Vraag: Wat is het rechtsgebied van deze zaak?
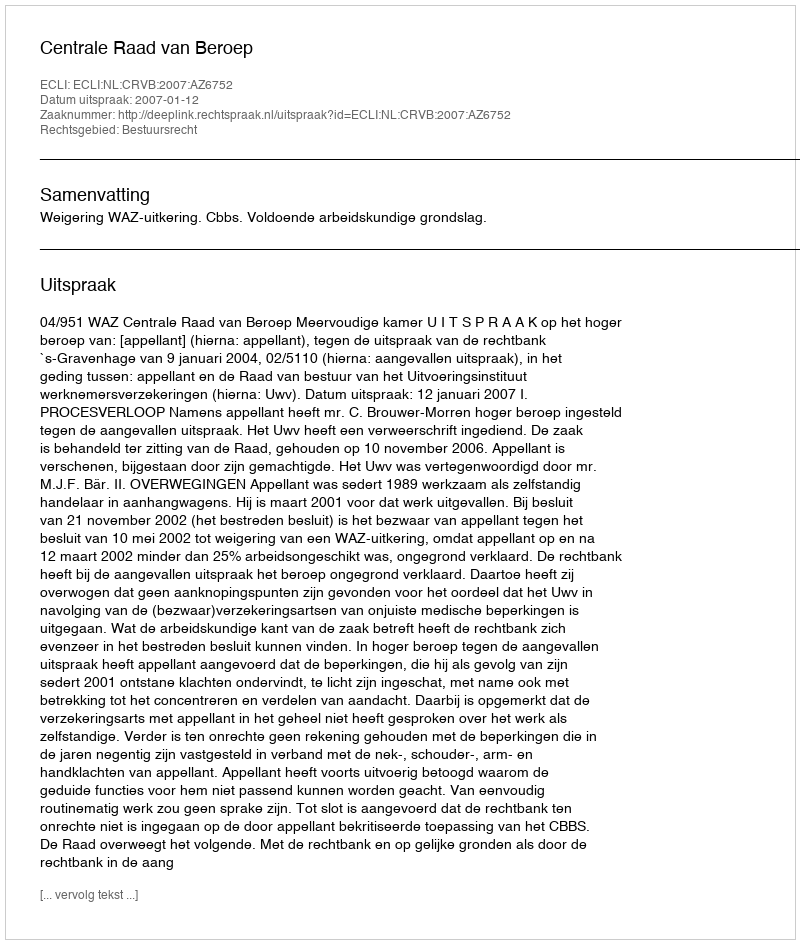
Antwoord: Bestuursrecht